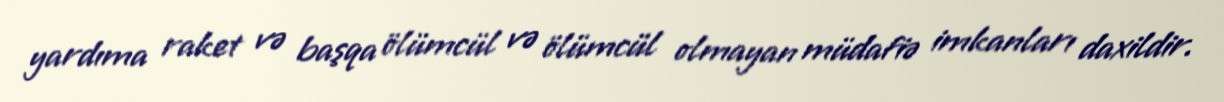
yardıma raket və başqa ölümcül və ölümcül olmayan müdafiə imkanları daxildir.